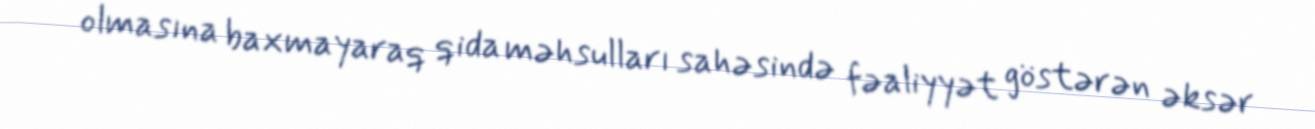
olmasına baxmayaraq qida məhsulları sahəsində fəaliyyət göstərən əksər